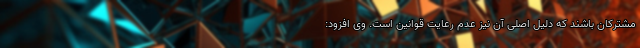
مشترکان باشند که دلیل اصلی آن نیز عدم رعایت قوانین است. وی افزود: